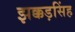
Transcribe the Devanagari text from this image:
झक्कड़सिंह